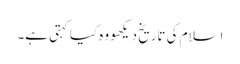
اسلام کی تاریخ دیکھو وہ کیا کہتی ہے۔